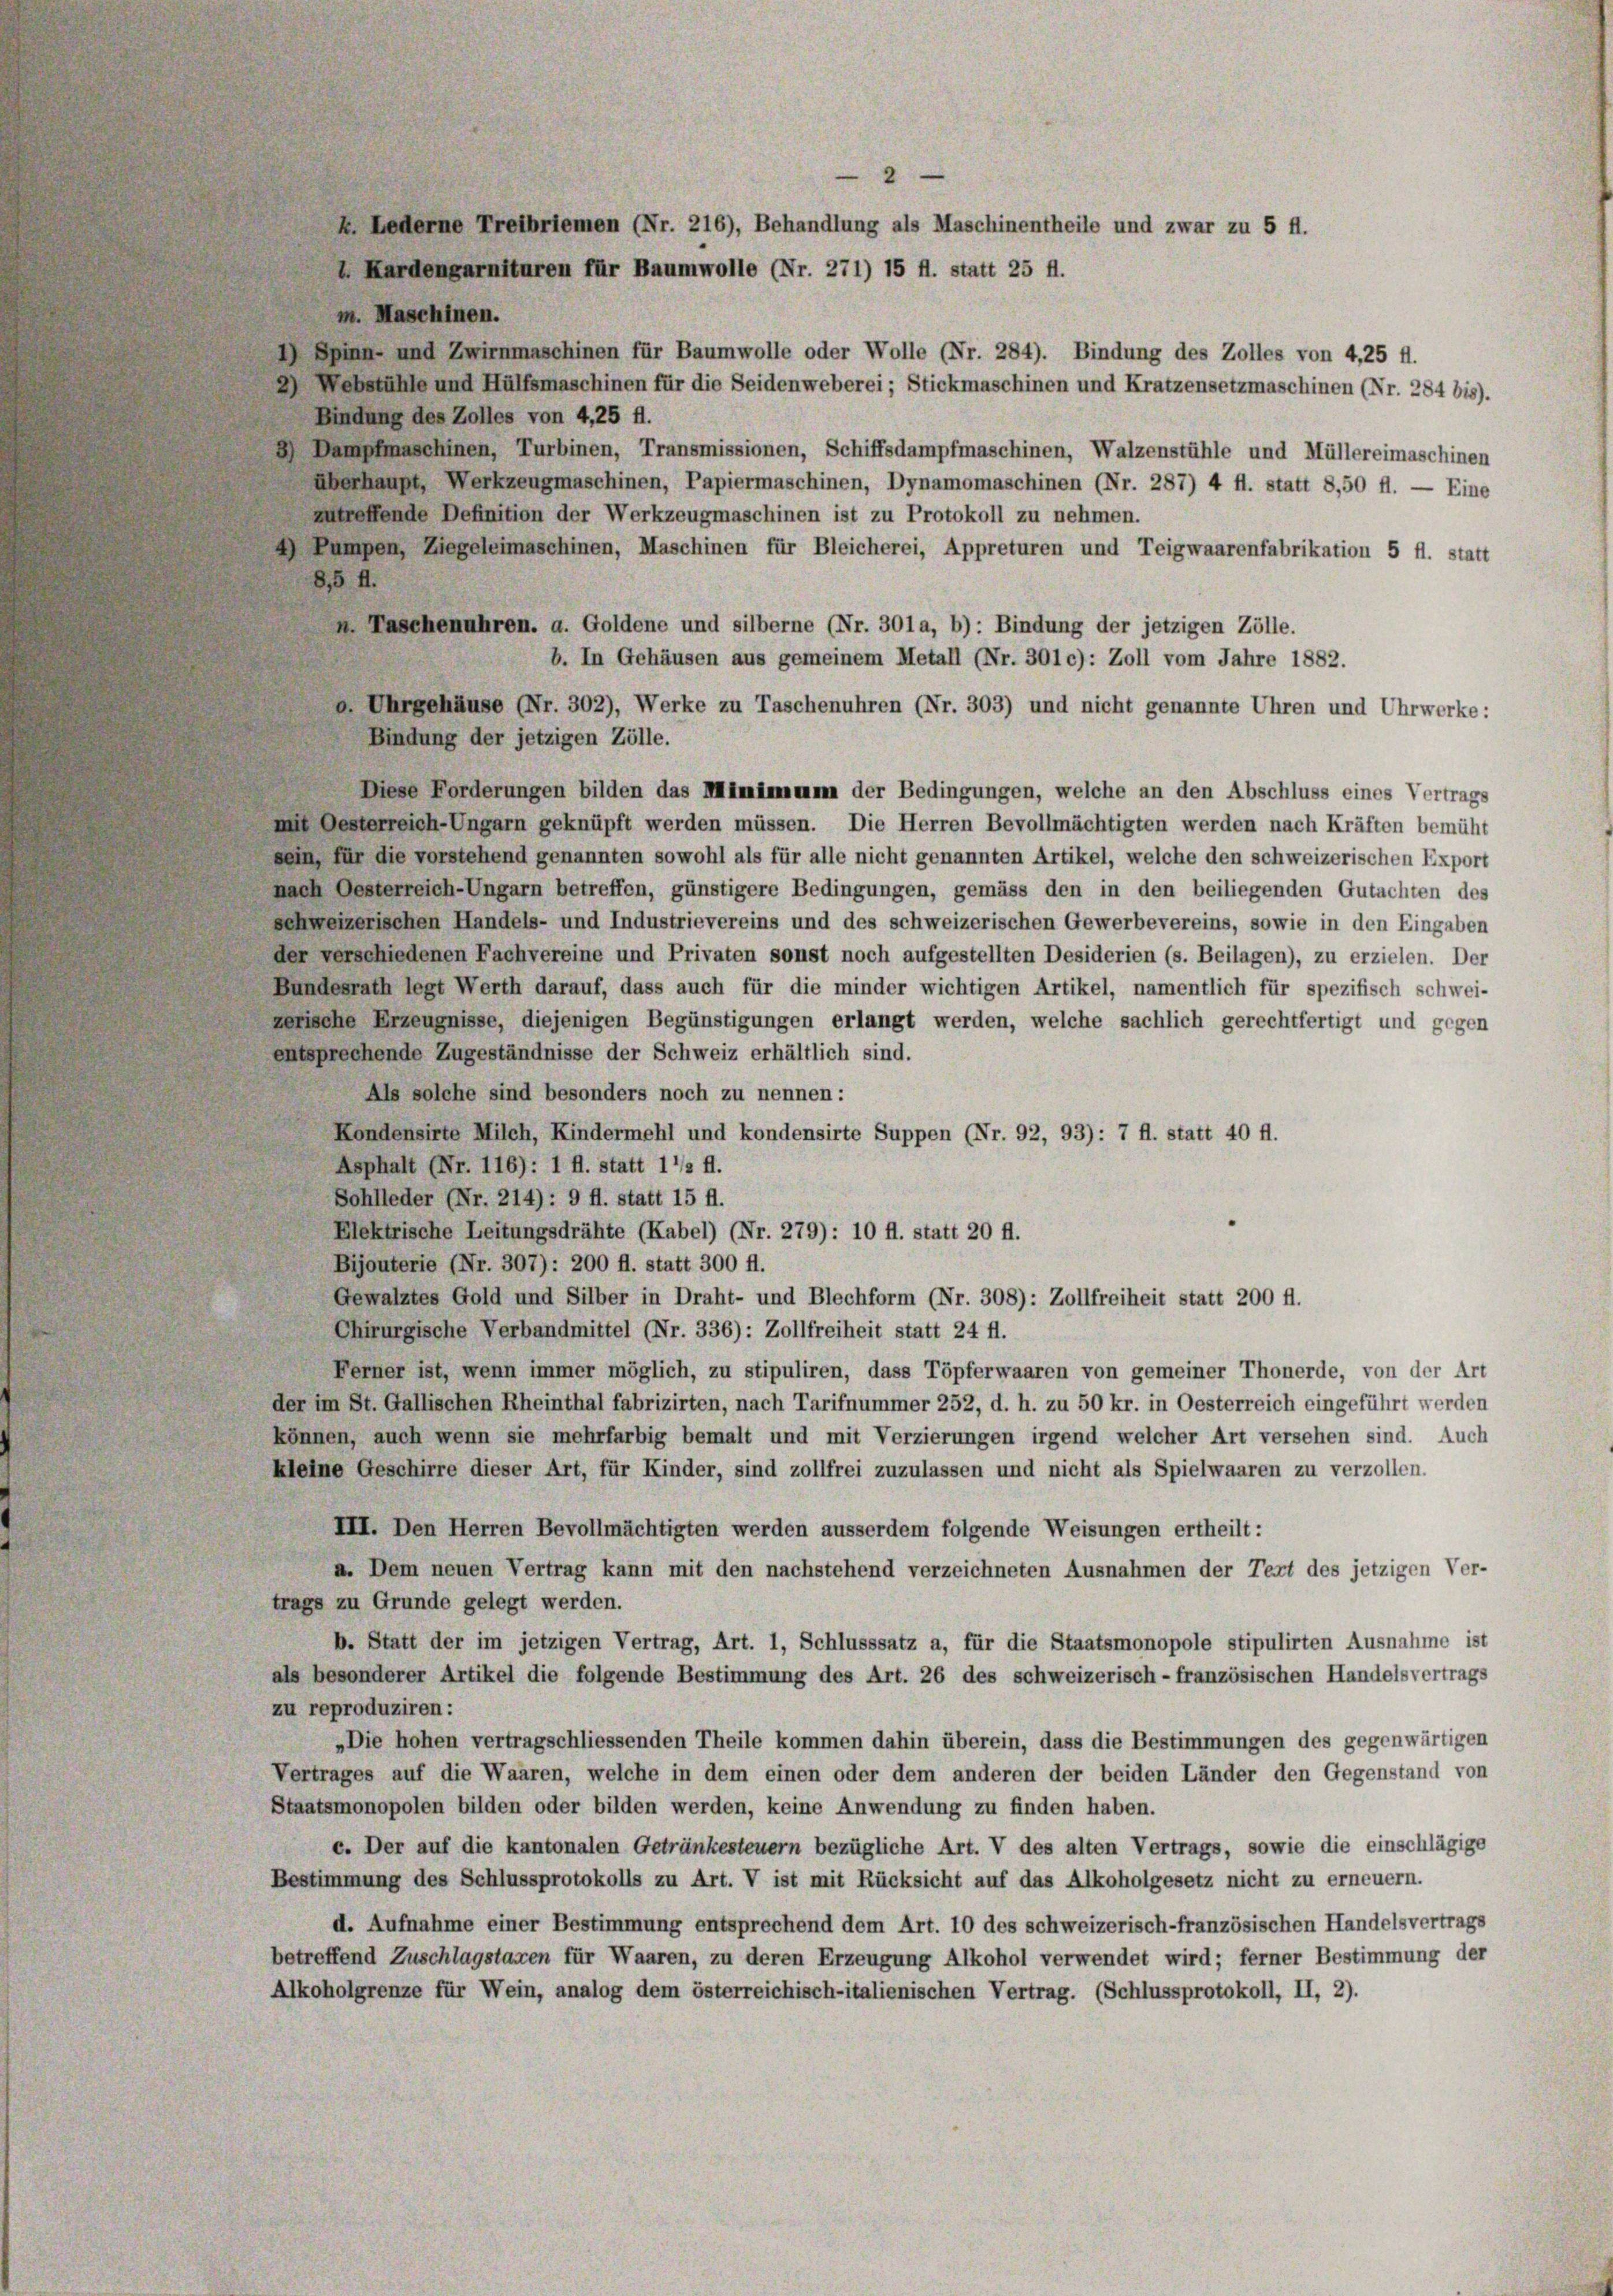
2
 Kardengarnituren für Baumwolle (Nr. 271) 15 fl. statt 25 ff.

m. Maschinen.
) Spinn- und Zwirnmaschinen für Baumwolle oder Wolle (Nr. 284). Bindung des Zolles von 4,25 ff.
2) Nebstühle und Hülfsmaschinen für die Seidenweberei; Stickmaschinen und Kratzensetzmaschinen (Fr. 284 bis).
Bindung des Zolles von 4,25 fl.
8) Dampfmaschinen, Turbinen, Transmissionen, Schiffsdampfmaschinen, Walzenstühle und Müllereimaschinen
überhaupt, Werkzeugmaschinen, Papiermaschinen, Dynamomaschinen (Nr. 287) 4 fl. statt 8,50 fl. — Eine
autreffende Definition der Werkzeugmaschinen ist zu Protokoll zu nehmen.
) Pumpen, Ziegeleimaschinen, Maschinen für Bleicherei, Appreturen und Teigwaarenfabrikation 5 fl. statt
8,5 fl.
n Paschenuhren. a. Goldene und silberne (Nr. 301 a, b): Bindung der jetzigen Zölle.
b. In Gehäusen aus gemeinem Metall (Nr. 301 c): Zoll vom Jahre 1882.
a Uhrgehäuse (Nr. 302), Werke zu Taschenuhren (Nr. 303) und nicht genannte Uhren und Ehrwerke:
Bindung der jetzigen Zölle.
Diese Forderungen bilden das Minimann der Bedingungen, welche an den Abschluss eines Vertrags
mit Oesterreich-Ungarn geknüpft werden müssen. Die Herren Bevollmächtigten werden nach Kräften bemüht
sein, für die vorstehend genannten sowohl als für alle nicht genannten Artikel, welche den schweizerischen Export
nach Oesterreich-Ungarn betreffen, günstigere Bedingungen, gemäss den in den beiliegenden Gutachten des
schweizerischen Handels- und Industrievereins und des schweizerischen Gewerbevereins, sowie in den Eingaben
der verschiedenen Fachvereine und Privaten sonst noch aufgestellten Desiderien (s. Beilagen), zu erzielen. Der
Bundesrath legt Werth darauf, dass auch für die minder wichtigen Artikel, namentlich für spezifisch schwei-
zerische Erzeugnisse, diejenigen Begünstigungen erlangt werden, welche sachlich gerechtfertigt und gegen
entsprechende Zugeständnisse der Schweiz erhältlich sind.
Als solche sind besonders noch zu nennen:
Kondensirte Milch, Kindermehl und kondensirte Suppen (Nr. 92, 93): 7 fl. statt 40 fl.
Asphalt (Nr. 116): 1 fl. statt 112 fl.
Sohlleder (Nr. 214): 9 fl. statt 15 fl.
Elektrische Leitungsdrähte (Kabel) (Nr. 279): 10 fl. statt 20 fl.
Bijouterie (Nr. 307): 200 fl. statt 300 fl.
Gewalztes Gold und Silber in Draht- und Blechform (Nr. 308): Zollfreiheit statt 200 fl.
Chirurgische Verbandmittel (Nr. 336): Zollfreiheit statt 24 ff.
Ferner ist, wenn immer möglich, zu stipuliren, dass Töpferwaaren von gemeiner Thonerde, von der Art
der im St. Gallischen Rheinthal fabrizirten, nach Tarifnummer 252, d. h. zu 50 kr. in Oesterreich eingeführt werden
können, auch wenn sie mehrfarbig bemalt und mit Verzierungen irgend welcher Art versehen sind. Auch
kleine Geschirre dieser Art, für Kinder, sind zollfrei zuzulassen und nicht als Spielwaaren zu verzollen.
III. Den Herren Bevollmächtigten werden ausserdem folgende Weisungen ertheilt:
a. Dem neuen Vertrag kann mit den nachstehend verzeichneten Ausnahmen der Text des jetzigen Ver-
trags zu Grunde gelegt werden.
b. Statt der im jetzigen Vertrag, Art. 1, Schlusssatz a, für die Staatsmonopole stipulirten Ausnahme ist
als besonderer Artikel die folgende Bestimmung des Art. 26 des schweizerisch - französischen Handelsvertrags
zu reproduziren:
„Die hohen vertragschliessenden Theile kommen dahin überein, dass die Bestimmungen des gegenwärtigen
Vertrages auf die Waaren, welche in dem einen oder dem anderen der beiden Länder den Gegenstand von
Staatsmonopolen bilden oder bilden werden, keine Anwendung zu finden haben.
c. Der auf die kantonalen Getränkesteuern bezügliche Art. V des alten Vertrags, sowie die einschlägige
Bestimmung des Schlussprotokolls zu Art. V ist mit Rücksicht auf das Alkoholgesetz nicht zu erneuern.
d. Aufnahme einer Bestimmung entsprechend dem Art. 10 des schweizerisch-französischen Handelsvertrags
betreffend Zuschlagstagen für Waaren, zu deren Erzeugung Alkohol verwendet wird; ferner Bestimmung der
Alkoholgrenze für Wein, analog dem österreichisch-italienischen Vertrag. (Schlussprotokoll, II, 2).

h. Lederne Treibriemen (Nr. 216), Behandlung als Maschinentheile und zwar zu 5 fl.